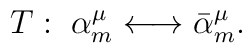
T:\;\alpha_m^\mu \longleftrightarrow \bar{\alpha }_m^\mu  .